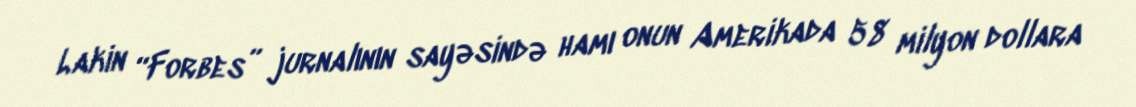
Lakin “Forbes” jurnalının sayəsində hamı onun Amerikada 58 milyon dollara